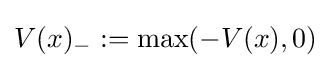
V(x)_{-}:=\max(-V(x),0)